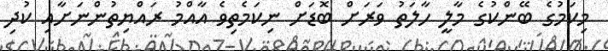
މިކަމުގެ ބޭންކުގެ މާލީ ހާލަތު ވަރަށް ބޮޑަށް ނިކަމެތިވެ އާއްމު ރައްޔިތުންނަށާއި ކުދި